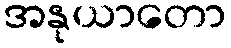
အနုယာတော